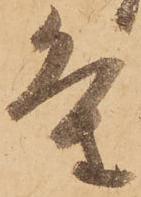
条